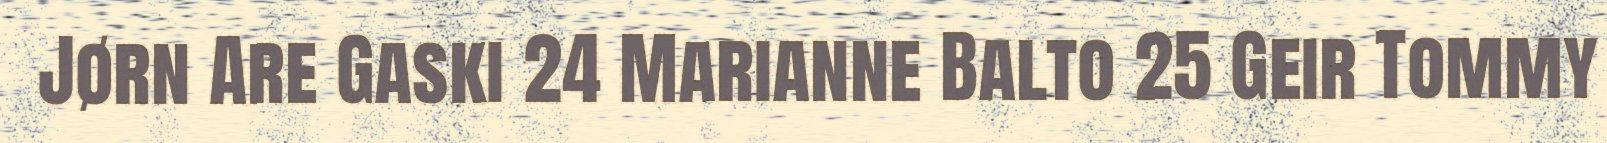
Jørn Are Gaski 24 Marianne Balto 25 Geir Tommy